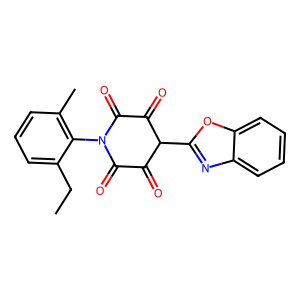
SMILES: CCc1cccc(C)c1N1C(=O)C(=O)C(c2nc3ccccc3o2)C(=O)C1=O
Inhibits HIV replication: No